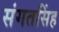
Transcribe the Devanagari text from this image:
संगतसिंह